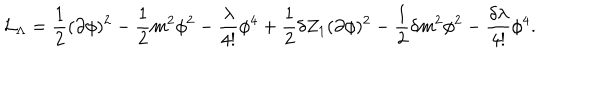
{ \cal { L } } _ { \Lambda } = \frac { 1 } { 2 } ( \partial \phi ) ^ { 2 } - \frac { 1 } { 2 } m ^ { 2 } \phi ^ { 2 } - \frac { \lambda } { 4 ! } \phi ^ { 4 } + \frac { 1 } { 2 } \delta Z _ { 1 } ( \partial \phi ) ^ { 2 } - \frac { 1 } { 2 } \delta m ^ { 2 } \phi ^ { 2 } - \frac { \delta \lambda } { 4 ! } \phi ^ { 4 } .